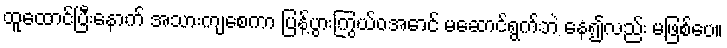
ထူထောင်ပြီးနောက် အသားကျစေကာ ပြန့်ပွားကြွယ်ဝအောင် မဆောင်ရွက်ဘဲ နေ၍လည်း မဖြစ်ပေ။